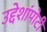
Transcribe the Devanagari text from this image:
उद्देशांपोटी